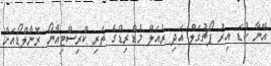
އޭނާ ކުޑަ އިރު ޕޯޗުގަލް އަދި ރެއަލް މެޑްރިޑްގެ ތަރި ކްރިސްޓިއާނޯ ރޮނާލްޑޯއަށް